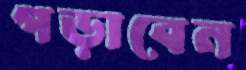
গড়াবেন